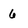
Character: 6